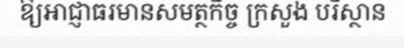
ឱ្យអាជ្ញាធរមានសមត្ថកិច្ច ក្រសួង បរិស្ថាន